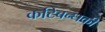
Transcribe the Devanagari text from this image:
कटिबन्धकी